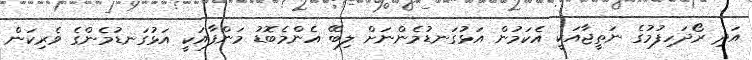
އަދި ރޯދަހިފުމުގެ ނަތީޖާއަކީ އެކަމުން އަޅުގަނޑުމެންނަށް ލިބޭ އެންމެބޮޑު މަންފާއަކީ އަޅުގަނޑުމެންގެ ވެރިކަން